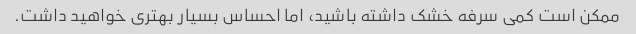
ممکن است کمی سرفه خشک داشته باشید، اما احساس بسیار بهتری خواهید داشت.